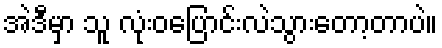
အဲဒီမှာ သူ လုံးဝပြောင်းလဲသွားတော့တာပဲ။